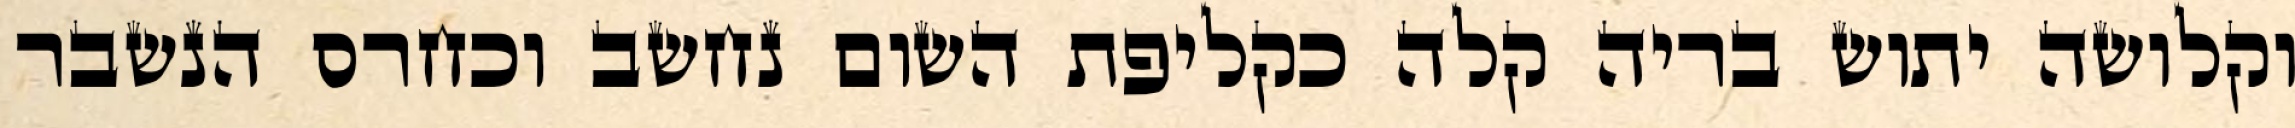
וקלושה יתוש בריה קלה כקליפת השום נחשב וכחרס הנשבר